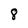
Character: 8